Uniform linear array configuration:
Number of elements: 4
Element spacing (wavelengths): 0.25
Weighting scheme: binomial
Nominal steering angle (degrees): -30
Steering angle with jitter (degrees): -28.201
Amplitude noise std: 0.05
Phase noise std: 0.05

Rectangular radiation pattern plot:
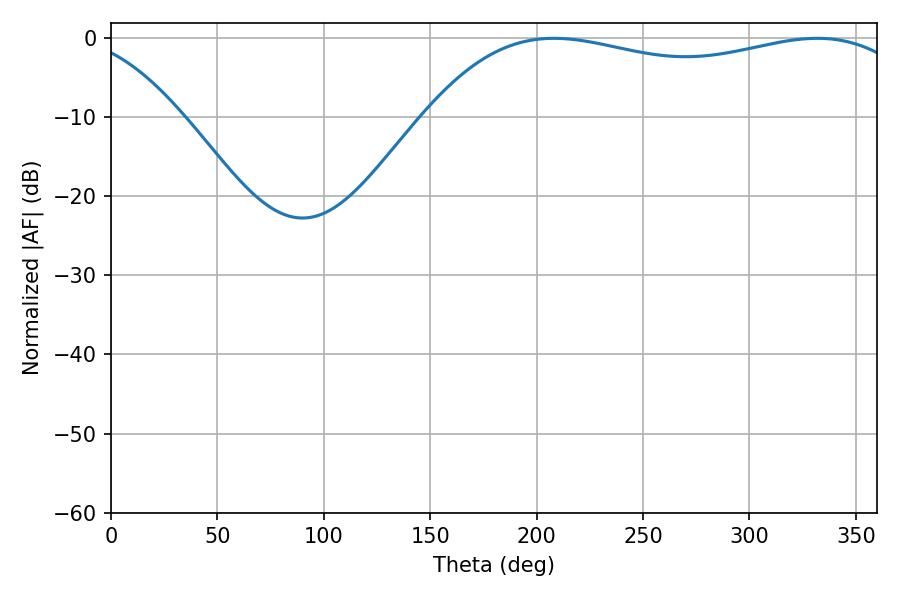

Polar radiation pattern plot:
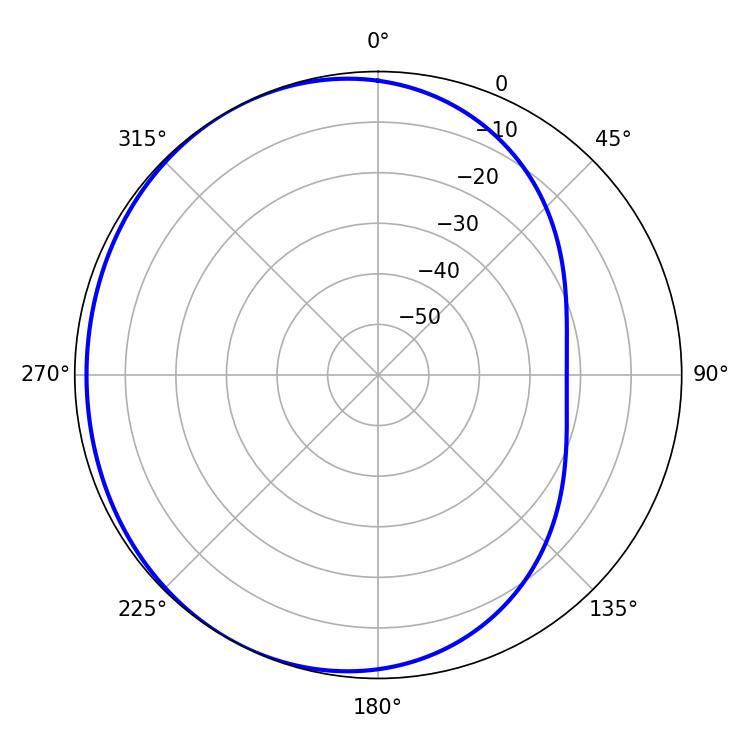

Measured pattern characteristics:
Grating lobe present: FALSE
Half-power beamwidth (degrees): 187.38
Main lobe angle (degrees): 208.08